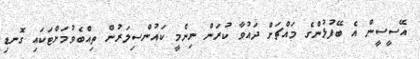
އޭސީސީން އެ ބޭފުޅުންގެ މައްޗަށް ދައުވާ ކުރަން ނިންމީ ކައުންސިލަރުން ތިއްބެވުމަށްޓަކައި ގޮނޑި